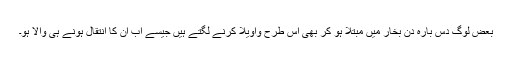
بعض لوگ دس بارہ دن بخار میں مبتلا ہو کر بھی اس طرح واویلا کرنے لگتے ہیں جیسے اب ان کا انتقال ہونے ہی والا ہو۔